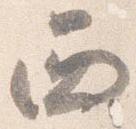
西